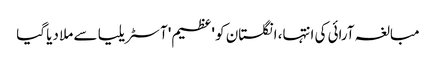
مبالغہ آرائی کی انتہا، انگلستان کو 'عظیم' آسٹریلیا سے ملا دیا گیا